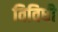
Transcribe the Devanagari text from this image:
विविधी